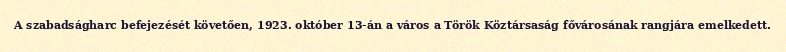
A szabadságharc befejezését követően, 1923. október 13-án a város a Török Köztársaság fővárosának rangjára emelkedett.